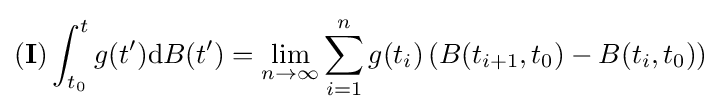
(\mathbf {I} )\int _{t_{0}}^{t}g(t^{\prime })\mathrm {d} B(t^{\prime })=\lim _{n\to \infty }\sum _{i=1}^{n}g(t_{i})\left(B(t_{i+1},t_{0})-B(t_{i},t_{0})\right)